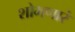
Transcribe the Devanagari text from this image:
शोभणारं